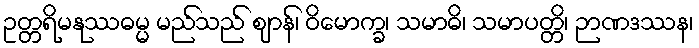
ဥတ္တရိမနုဿဓမ္မ မည်သည် ဈာန်၊ ဝိမောက္ခ၊ သမာဓိ၊ သမာပတ္တိ၊ ဉာဏဒဿန၊